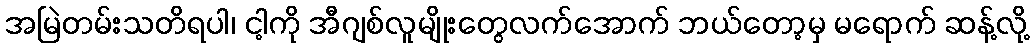
အမြဲတမ်းသတိရပါ၊ ငါ့ကို အီဂျစ်လူမျိုးတွေလက်အောက် ဘယ်တော့မှ မရောက် ဆန့်လို့